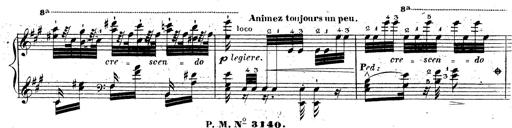
Title: Grande fantaisie sur la tyrolienne de l'opÃ©ra
Composer: Franz Liszt
Key: A major